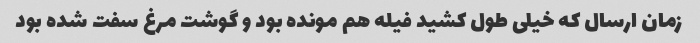
زمان ارسال که خیلی طول کشید فیله هم مونده بود و گوشت مرغ سفت شده بود